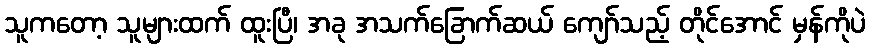
သူကတော့ သူများထက် ထူးပြီ၊ အခု အသက်ခြောက်ဆယ် ကျော်သည့် တိုင်အောင် မှန်ကိုပဲ